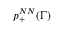
p _ { + } ^ { N N } ( \Gamma )